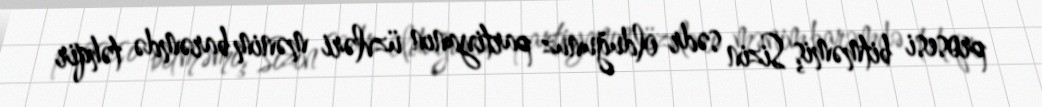
prosesi bitməmiş Sizin sədr olduğunuz partiyanın üzvləri mənim barəmdə təhqir